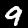
Digit: 9